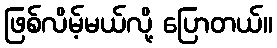
ဖြစ်လိမ့်မယ်လို့ ပြောတယ်။